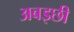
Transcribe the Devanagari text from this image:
अबइछी